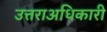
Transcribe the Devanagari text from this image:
उत्तराअधिकारी